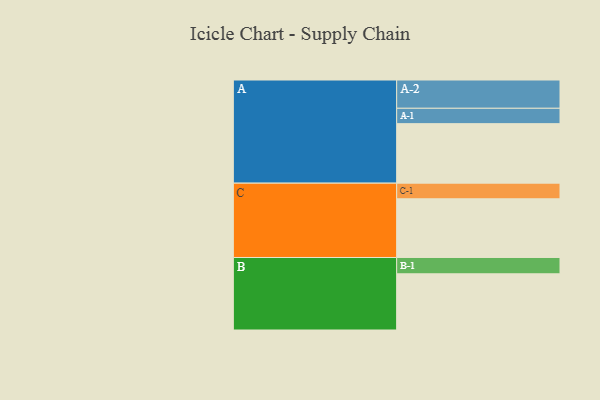
{"axis": {"x": "Segment", "y": "Value"}, "legend": ["", "A", "B", "C"], "data": [{"x": "A", "y": 522, "type": ""}, {"x": "B", "y": 493, "type": ""}, {"x": "C", "y": 515, "type": ""}, {"x": "A-1", "y": 135, "type": "A"}, {"x": "A-2", "y": 248, "type": "A"}, {"x": "B-1", "y": 143, "type": "B"}, {"x": "C-1", "y": 137, "type": "C"}]}